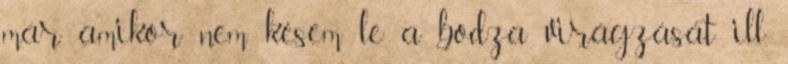
már amikor nem késem le a bodza virágzását ill.